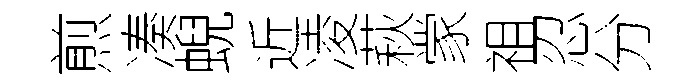
煎凑蜺近凌萩䝉祖忍分